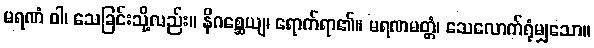
မရဏံ ဝါ၊ သေခြင်းသို့လည်း။ နိဂစ္ဆေယျ၊ ရောက်ရာ၏။ မရဏမတ္တံ၊ သေလောက်ရုံမျှသော။